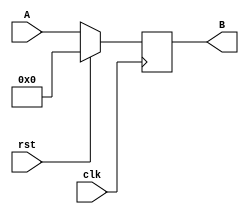
module simple_register #(parameter W = 8) (A,B,clk,rst);
		input [W-1:0] A;
		input clk,rst;
		output reg [W-1:0] B;
		
		always@(posedge clk)
		begin
		// if reset = 1; output is 0
		// else, parallel load is loaded to the output
		if(rst == 1) begin
			B = 0;
		end
		else begin
			B = A;
		end		
		end
endmodule